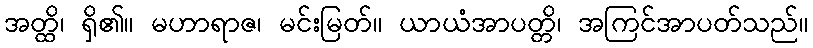
အတ္ထိ၊ ရှိ၏။ မဟာရာဇ၊ မင်းမြတ်။ ယာယံအာပတ္တိ၊ အကြင်အာပတ်သည်။